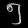
Digit: ၅